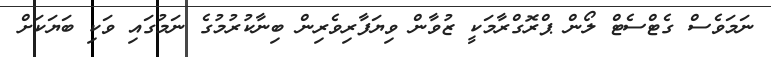
ނަމަވެސް ގެޓްސެޓް ލޯން ޕްރޮގްރާމަކީ ޒުވާން ވިޔަފާރިވެރިން ބިނާކުރުމުގެ ނަމުގައި ވަކި ބަޔަކަށް